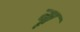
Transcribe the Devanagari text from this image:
मॄ